Lunatic asylums Punjab 1911-1921 - 1911-1921
Year: 1911
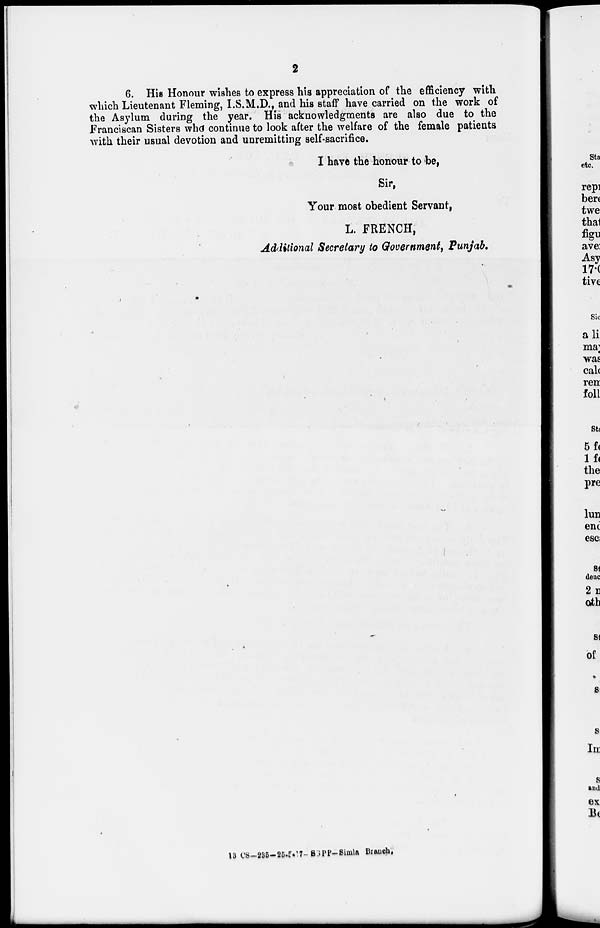
2
6. His Honour wishes to express his appreciation of the efficiency with
which Lieutenant Fleming, I.S.M.D., and his staff have carried on the work of
the Asylum during the year. His acknowledgments are also due to the
Franciscan Sisters who continue to look after the welfare of the female patients
with their usual devotion and unremitting self-sacrifice.
I have the honour to be,
Sir,
Your most obedient Servant,
L. FRENCH,
Additional Secretary to Government, Punjab.
18 CS-235-25-5-17–SGPP-Simla Branch.